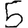
Digit: 5